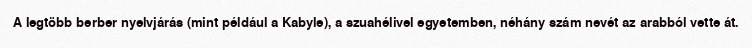
A legtöbb berber nyelvjárás (mint például a Kabyle), a szuahélivel egyetemben, néhány szám nevét az arabból vette át.